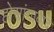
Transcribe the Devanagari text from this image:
होसांगाबाद